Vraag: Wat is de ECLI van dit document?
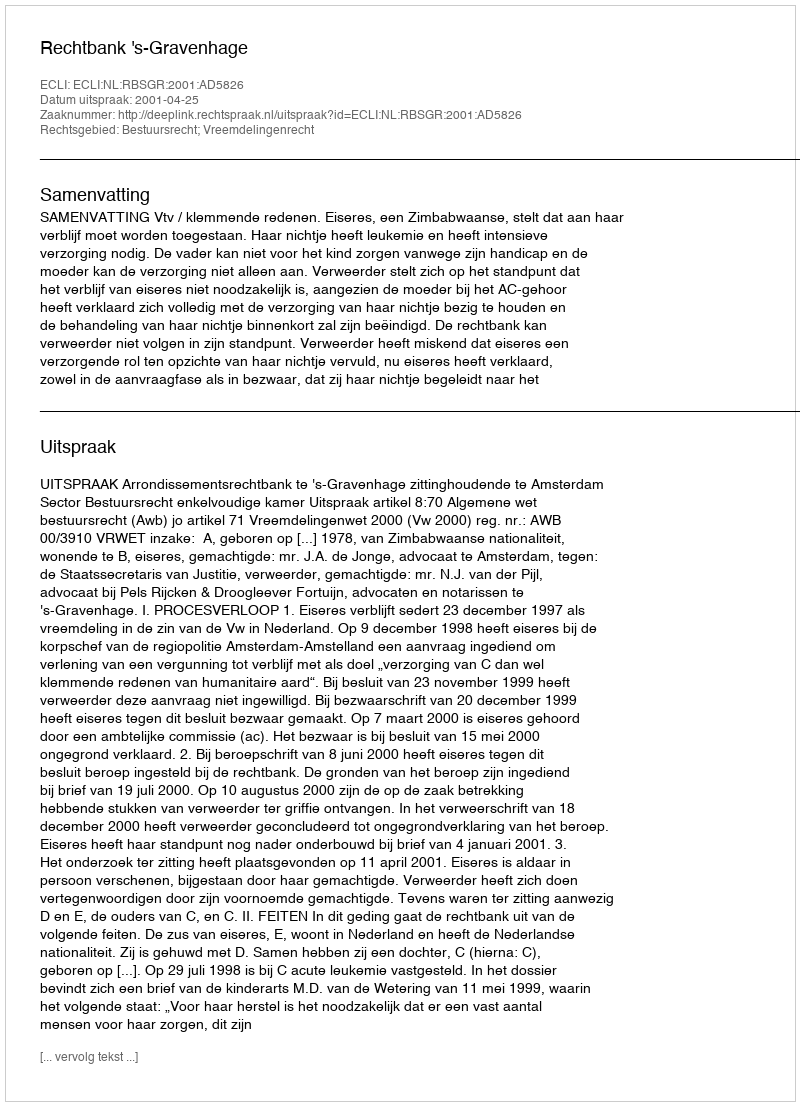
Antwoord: ECLI:NL:RBSGR:2001:AD5826